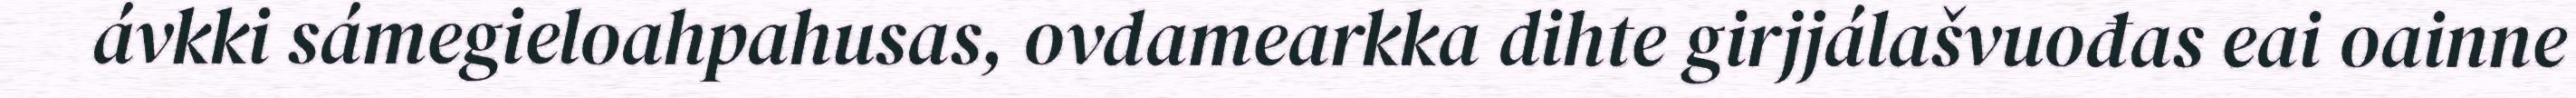
ávkki sámegieloahpahusas, ovdamearkka dihte girjjálašvuođas eai oainne